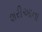
શરીઆના